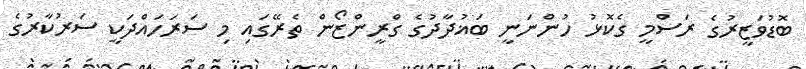
ބޮޑުވަޒީރުގެ ރަސްމީ ގެކޮޅު ހުންނަނީ ބަޣުދާދުގެ ގްރީންޒޯން ތެރޭގައި މި ސަރަހައްދަކީ ސަރުކާރުގެ